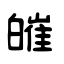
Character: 皠